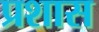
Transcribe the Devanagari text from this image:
प्रशास